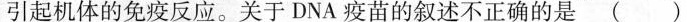
引起机体的免疫反应。关于DNA疫苗的叙述不正确的是（ ）